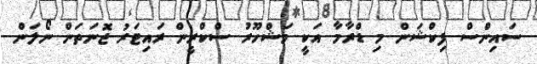
ސައިންސް ފިކްޝަން މި ޑްރާމާ އަކީ މަޝްހޫރު ސްކްރީން ރައިޓަރު ޖޮނަތަން ނޯލަން